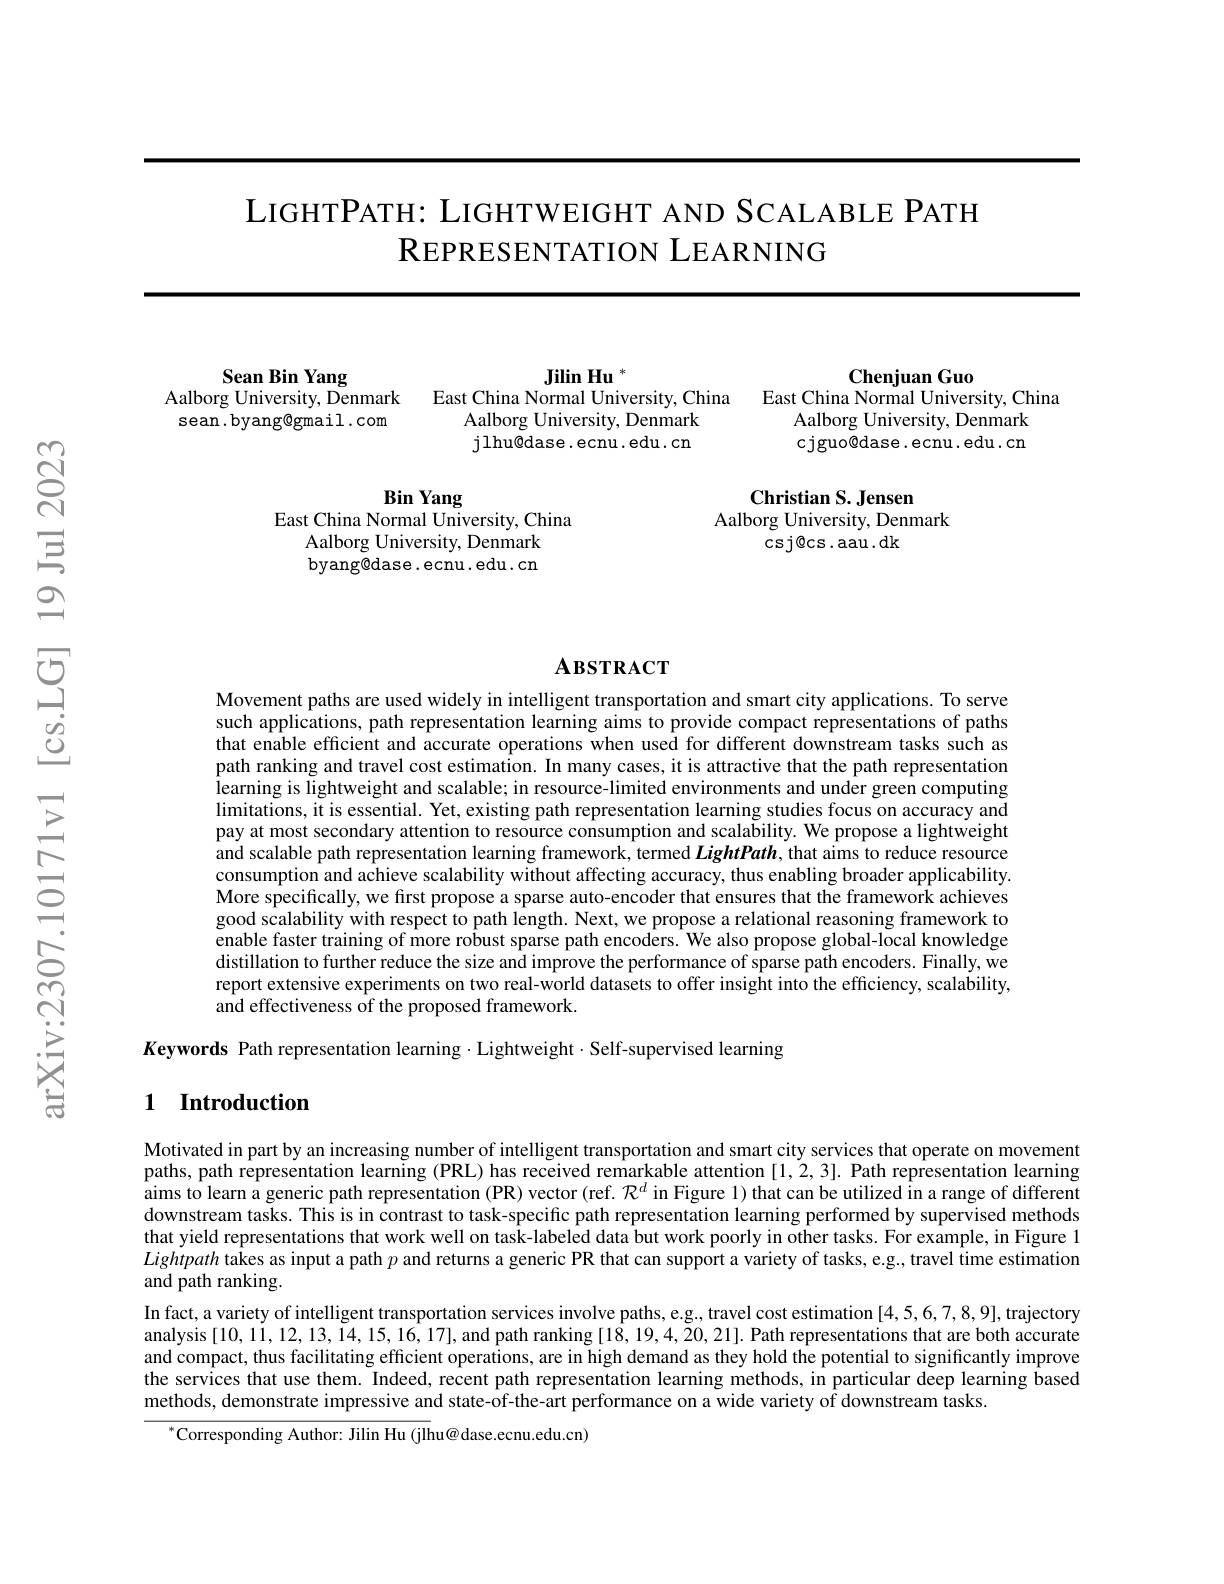
LIGHTPATH: LIGHTWEIGHT AND SCALABLE PATH
REPRESENTATION LEARNING

Chenjuan Guo

$\textbf{Jilin Hu}^{*}$

Sean Bin Yang

East China Normal University, China East China Normal University, China

Aalborg University, Denmark

Aalborg University, Denmark

Aalborg University, Denmark

sean.byang@gmail.com

jlhu@dase.ecnu.edu.cn

cjguo@dase.ecnu.edu.cn

Bin Yang
East China Normal University, China

Christian S. Jensen
Aalborg University, Denmark
$\cos j@$cs.aau.dk

Aalborg University, Denmark byang@dase.ecnu.edu.cn

## $\mathbf{A}$взткаст

Movement paths are used widely in intelligent transportation and smart city applications. To serve such applications, path representation learning aims to provide compact representations of paths that enable efficient and accurate operations when used for different downstream tasks such as path ranking and travel cost estimation. In many cases, it is attractive that the path representation learning is lightweight and scalable; in resource-limited environments and under green computing limitations, it is essential. Yet, existing path representation learning studies focus on accuracy and pay at most secondary attention to resource consumption and scalability. We propose a lightweight and scalable path representation learning framework, termed $LightPath$, that aims to reduce resource consumption and achieve scalability without affecting accuracy, thus enabling broader applicability. More specifically, we first propose a sparse auto-encoder that ensures that the framework achieves good scalability with respect to path length. Next, we propose a relational reasoning framework to enable faster training of more robust sparse path encoders. We also propose global-local knowledge distillation to further reduce the size and improve the performance of sparse path encoders. Finally, we report extensive experiments on two real-world datasets to offer insight into the efficiency, scalability, $\hat{\text{and effectiveness of the proposed framework.}}$

$K$eywords Path representation learning $\cdot$Lightweight$\cdot$Self-supervised learning

## 1 Introduction

Motivated in part by an increasing number of intelligent transportation and smart city services that operate on movement paths, path representation learning (PRL) has received remarkable attention [1,2,3]. Path representation learning aims to learn a generic path representation (PR) vector (ref. $\mathcal{R}^d$ in Figure 1) that can be utilized in a range of different downstream tasks. This is in contrast to task-specific path representation learning performed by supervised methods that yield representations that work well on task-labeled data but work poorly in other tasks. For example, in Figure 1 Lightpath takes as input a path $p$ and returns a generic PR that can support a variety of tasks, e.g., travel time estimation and path ranking.
In fact, a variety of intelligent transportation services involve paths, e.g., travel cost estimation [4,5,6,7,8,9], trajectory analysis $[10,11,12,13,\tilde{1}4,15,16,17]$, and path ranking [1$\hat{8},19,4,20,21].$ Path representations that are both accurate and compact, thus facilitating efficient operations, are in high demand as they hold the potential to significantly improve the services that use them. Indeed, recent path representation learning methods, in particular deep learning based methods, demonstrate impressive and state-of-the-art performance on a wide variety of downstream tasks

$^{*}$Corresponding Author: Jilin Hu (jlhu@ dase.ecnu.edu.cn)